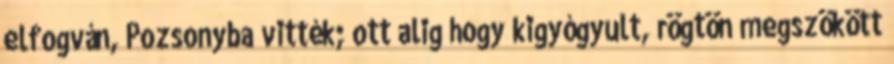
elfogván, Pozsonyba vitték; ott alig hogy kigyógyult, rögtön megszökött